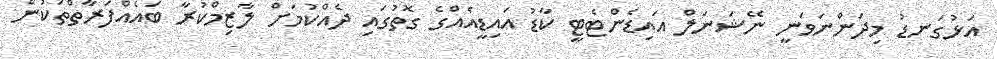
އަޅުގަނޑު މިދަންނަވަނީ ނޭޝަނަލް އައިޑެންޓެޓީ ކާޑު އައިޑީއެއްގެ ގޮތުގައި ދެއްކުމަށް ލާޒިމްކުރާ ބައެއްފަރާތްތަކުން